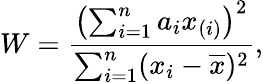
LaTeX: W={\frac{\left(\sum_{i=1}^{n}a_{i}x_{(i)}\right)^{2}}{\sum_{i=1}^{n}(x_{i}-{\overline{{x}}})^{2}}},